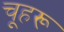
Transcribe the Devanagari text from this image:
चूहरू